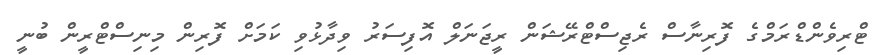
ޓްރިވެންޑްރަމްގެ ފޮރިނާސް ރެޖިސްޓްރޭޝަން ރީޖަނަލް އޮފިސަރު ވިދާޅުވި ކަމަށް ފޮރިން މިނިސްޓްރީން ބުނީ